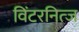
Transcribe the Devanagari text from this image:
विंटरनित्ज